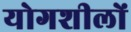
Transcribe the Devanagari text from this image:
योगशीलों